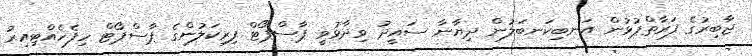
ޖާބިރުގެ ފަރާތްޕުޅުން އަނބިކަނބަލުން ދިޔާނާ ސައީދު ވިދާޅުވީ ޕާސްޕޯޓް ފިރިކަލުންގެ ޕާސްޕޯޓް ހިފެހެއްޓިއިރު